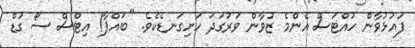
ފައުޅުވާން ހުއްޓަސް އެންމެ ޒުވާން ވަރުގަދަ ހަށިގަނޑެކެވެ. "ބައްޕާ! އިޓްސް ސޯ ގުޑް